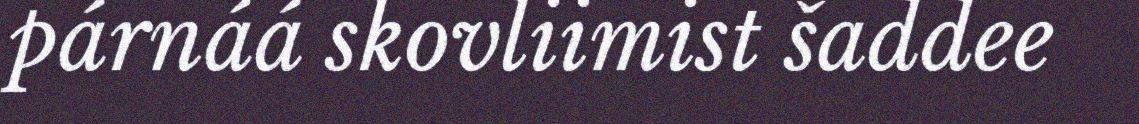
párnáá skovliimist šaddee